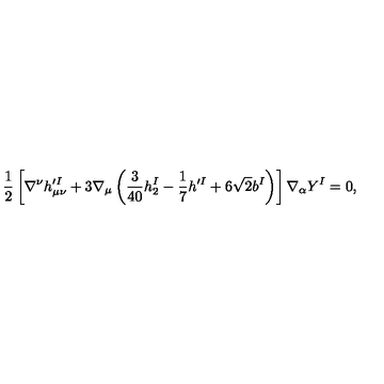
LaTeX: \frac { 1 } { 2 } \left[ \nabla ^ { \nu } h _ { \mu \nu } ^ { \prime I } + 3 \nabla _ { \mu } \left( \frac { 3 } { 4 0 } h _ { 2 } ^ { I } - \frac { 1 } { 7 } h ^ { \prime I } + 6 \sqrt { 2 } b ^ { I } \right) \right] \nabla _ { \alpha } Y ^ { I } = 0 ,